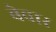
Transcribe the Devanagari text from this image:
बेवार